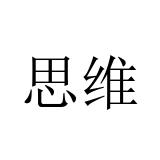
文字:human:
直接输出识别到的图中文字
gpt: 思维